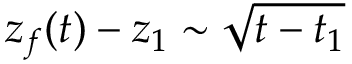
z _ { f } ( t ) - z _ { 1 } \sim \sqrt { t - t _ { 1 } }